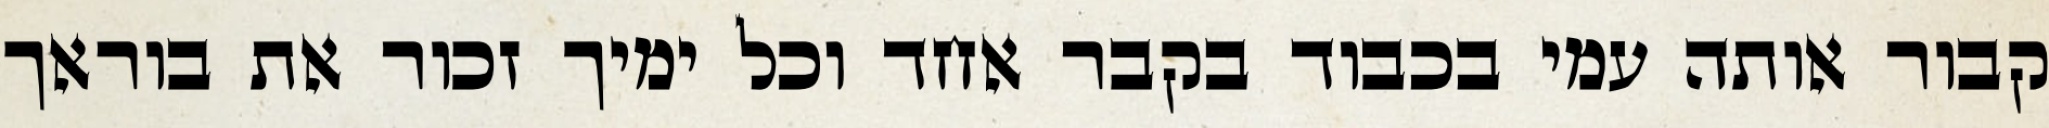
קבור אותה עמי בכבוד בקבר אחד וכל ימיך זכור את בוראך